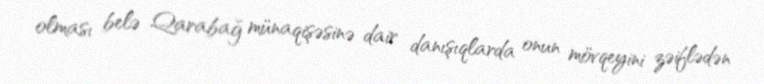
olması belə Qarabağ münaqişəsinə dair danışıqlarda onun mövqeyini zəiflədən